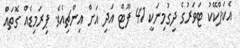
އެކަޕްކޭކު ޓަވަރުގެ ދިގުމިނަކީ 41 ފޫޓް އަދި އަށް އިންޗިއެވެ. ޕިރަމިޑެއް ގޮތައް